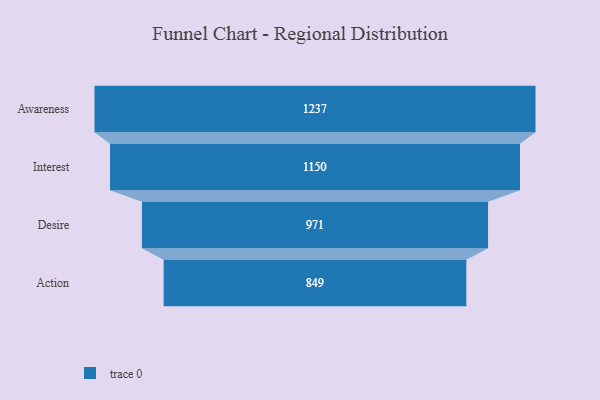
{"axis": {"x": "Stage", "y": "Value"}, "legend": [""], "data": [{"x": "Awareness", "y": 1237.0, "type": ""}, {"x": "Interest", "y": 1150.0, "type": ""}, {"x": "Desire", "y": 971.0, "type": ""}, {"x": "Action", "y": 849.0, "type": ""}]}